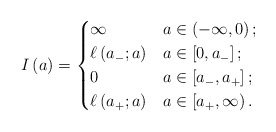
\begin{align*}I \left( a \right) = \begin{cases} \infty & a \in \left( -\infty,0 \right);\\ \ell \left( a_{-} ; a \right) & a \in \left[ 0,a_{-} \right];\\ 0 & a \in \left[ a_{-} , a_{+} \right];\\ \ell \left( a_{+} ; a \right) & a \in \left[ a_{+},\infty \right). \end{cases}\end{align*}